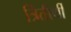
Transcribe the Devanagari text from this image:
त्रितीर्थी